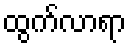
ထွက်လာရာ